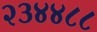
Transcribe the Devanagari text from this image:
२३४४८८